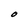
Character: O